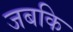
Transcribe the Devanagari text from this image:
जबकि